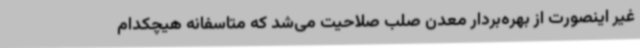
غیر اینصورت از بهره‌بردار معدن صلب صلاحیت می‌شد که متاسفانه هیچکدام